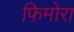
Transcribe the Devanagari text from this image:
फिमोरा